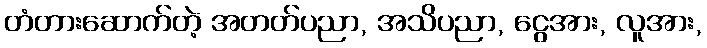
တံတားဆောက်တဲ့ အတတ်ပညာ, အသိပညာ, ငွေအား, လူအား,